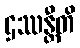
ဌဿန္တီတိ